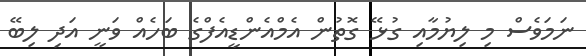
ނަމަވެސް މި ލިޔުމާއި ގުޅޭ ގޮތުން އެމްއެންޑީއެފްގެ ބަހެއް ވަނީ އަދި ލިބޭ